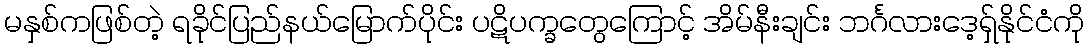
မနှစ်ကဖြစ်တဲ့ ရခိုင်ပြည်နယ်မြောက်ပိုင်း ပဋိပက္ခတွေကြောင့် အိမ်နီးချင်း ဘင်္ဂလားဒေ့ရ်ှနိုင်ငံကို